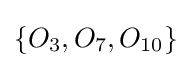
\{O_{3},O_{7},O_{10}\}